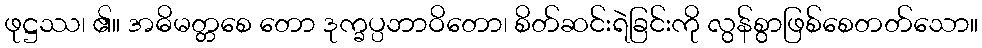
ဖုဋ္ဌဿ၊ ၏။ အဓိမတ္တစေ တော ဒုက္ခပ္ပဘာဝိတော၊ စိတ်ဆင်းရဲခြင်းကို လွန်စွာဖြစ်စေတတ်သော။